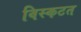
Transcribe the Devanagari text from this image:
विस्कटत